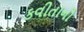
કવીતાનો